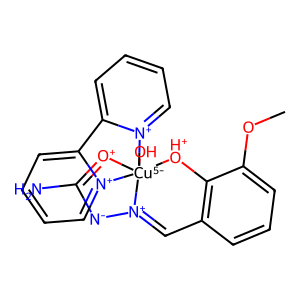
SMILES: COc1cccc2c1[OH+][Cu-5]13(O)([O+]=C(N)[N-][N+]1=C2)[n+]1ccccc1-c1cccc[n+]13
Inhibits HIV replication: No